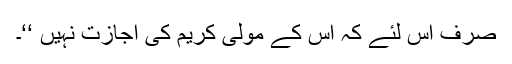
صرف اس لئے کہ اس کے مولیٰ کریم کی اجازت نہیں ‘‘۔